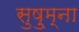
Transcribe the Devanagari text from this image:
सुषु्म्ना